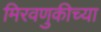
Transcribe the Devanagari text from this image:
मिरवणुकीच्या